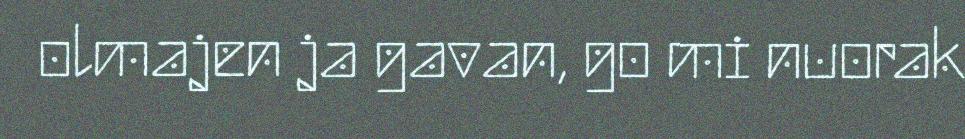
olmajen ja gavan, go mi nuorak